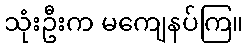
သုံးဦးက မကျေနပ်ကြ။